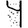
Digit: 4